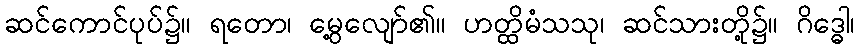
ဆင်ကောင်ပုပ်၌။ ရတော၊ မွေ့လျော်၏။ ဟတ္ထိမံသသု၊ ဆင်သားတို့၌။ ဂိဒ္ဓေါ၊